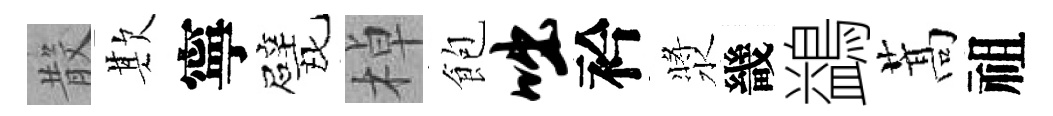
𣪚欺寧戏棹飽咄衿漿畿鷁蒿祖